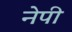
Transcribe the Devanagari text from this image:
नेपी